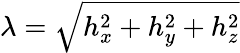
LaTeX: \lambda=\sqrt{h_{x}^{2}+h_{y}^{2}+h_{z}^{2}}